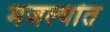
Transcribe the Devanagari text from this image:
मजल्यांत